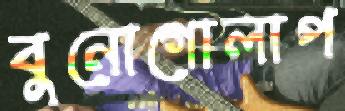
বুনোগোলাপ